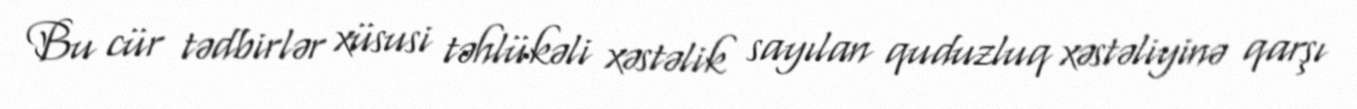
Bu cür tədbirlər xüsusi təhlükəli xəstəlik sayılan quduzluq xəstəliyinə qarşı